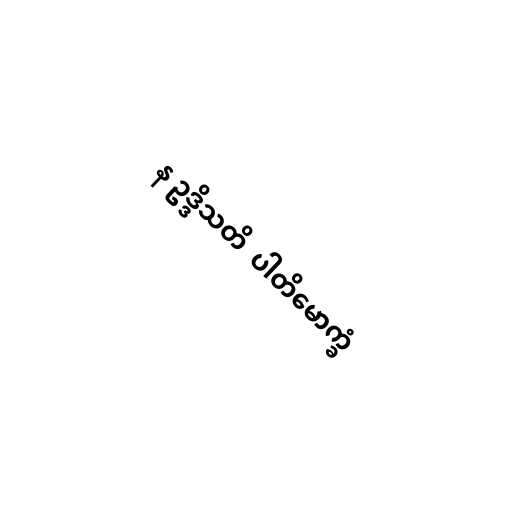
န ဥဒ္ဒိသတိ  ပါတိမောက္ခံ